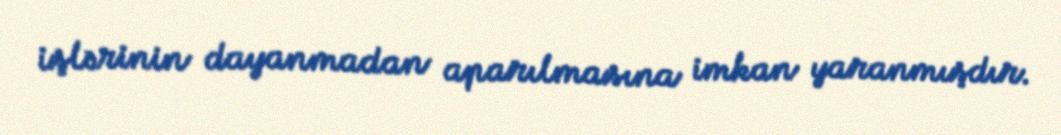
işlərinin dayanmadan aparılmasına imkan yaranmışdır.